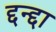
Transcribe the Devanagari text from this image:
द्दन्द्दा